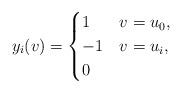
LaTeX: \begin{align*} y_i(v)= \begin{cases} 1& v=u_0,\\ -1&v=u_i,\\ 0 & \end{cases} \end{align*}